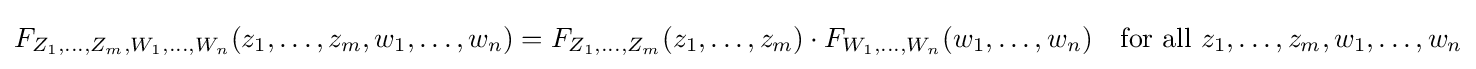
F_{Z_{1},\ldots ,Z_{m},W_{1},\ldots ,W_{n}}(z_{1},\ldots ,z_{m},w_{1},\ldots ,w_{n})=F_{Z_{1},\ldots ,Z_{m}}(z_{1},\ldots ,z_{m})\cdot F_{W_{1},\ldots ,W_{n}}(w_{1},\ldots ,w_{n})\quad {\text{for all }}z_{1},\ldots ,z_{m},w_{1},\ldots ,w_{n}